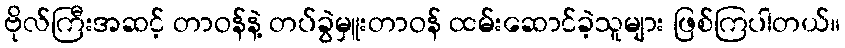
ဗိုလ်ကြီးအဆင့် တာဝန်နဲ့ တပ်ခွဲမှူးတာဝန် ထမ်းဆောင်ခဲ့သူများ ဖြစ်ကြပါတယ်။